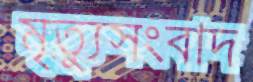
মৃত্যুসংবাদ